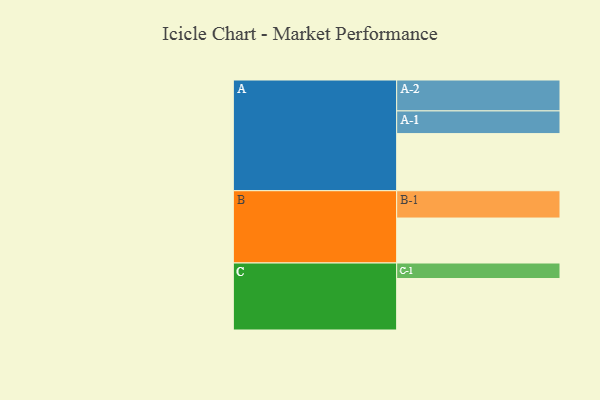
{"axis": {"x": "Segment", "y": "Value"}, "legend": ["", "A", "B", "C"], "data": [{"x": "A", "y": 508, "type": ""}, {"x": "B", "y": 400, "type": ""}, {"x": "C", "y": 458, "type": ""}, {"x": "A-1", "y": 202, "type": "A"}, {"x": "A-2", "y": 275, "type": "A"}, {"x": "B-1", "y": 243, "type": "B"}, {"x": "C-1", "y": 138, "type": "C"}]}